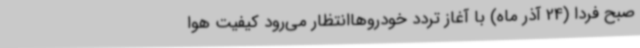
صبح فردا (24 آذر ماه) با آغاز تردد خودروهاانتظار می‌رود کیفیت هوا